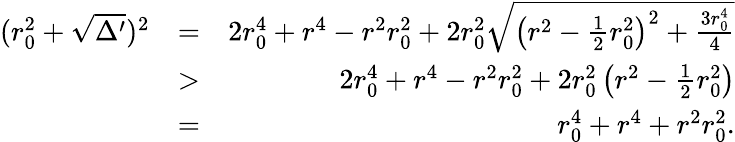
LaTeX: \begin{array}{rlr}{(r_{0}^{2}+\sqrt{\Delta^{\prime}})^{2}}&{=}&{2r_{0}^{4}+r^{4}-r^{2}r_{0}^{2}+2r_{0}^{2}\sqrt{\left(r^{2}-\frac{1}{2}r_{0}^{2}\right)^{2}+\frac{3r_{0}^{4}}{4}}}\\ &{>}&{2r_{0}^{4}+r^{4}-r^{2}r_{0}^{2}+2r_{0}^{2}\left(r^{2}-\frac{1}{2}r_{0}^{2}\right)}\\ &{=}&{r_{0}^{4}+r^{4}+r^{2}r_{0}^{2}.}\end{array}